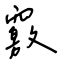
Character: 竅